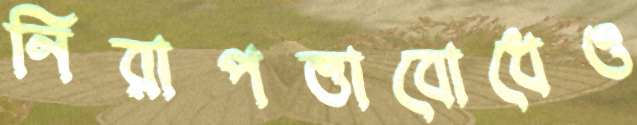
নিরাপত্তাবোধেও